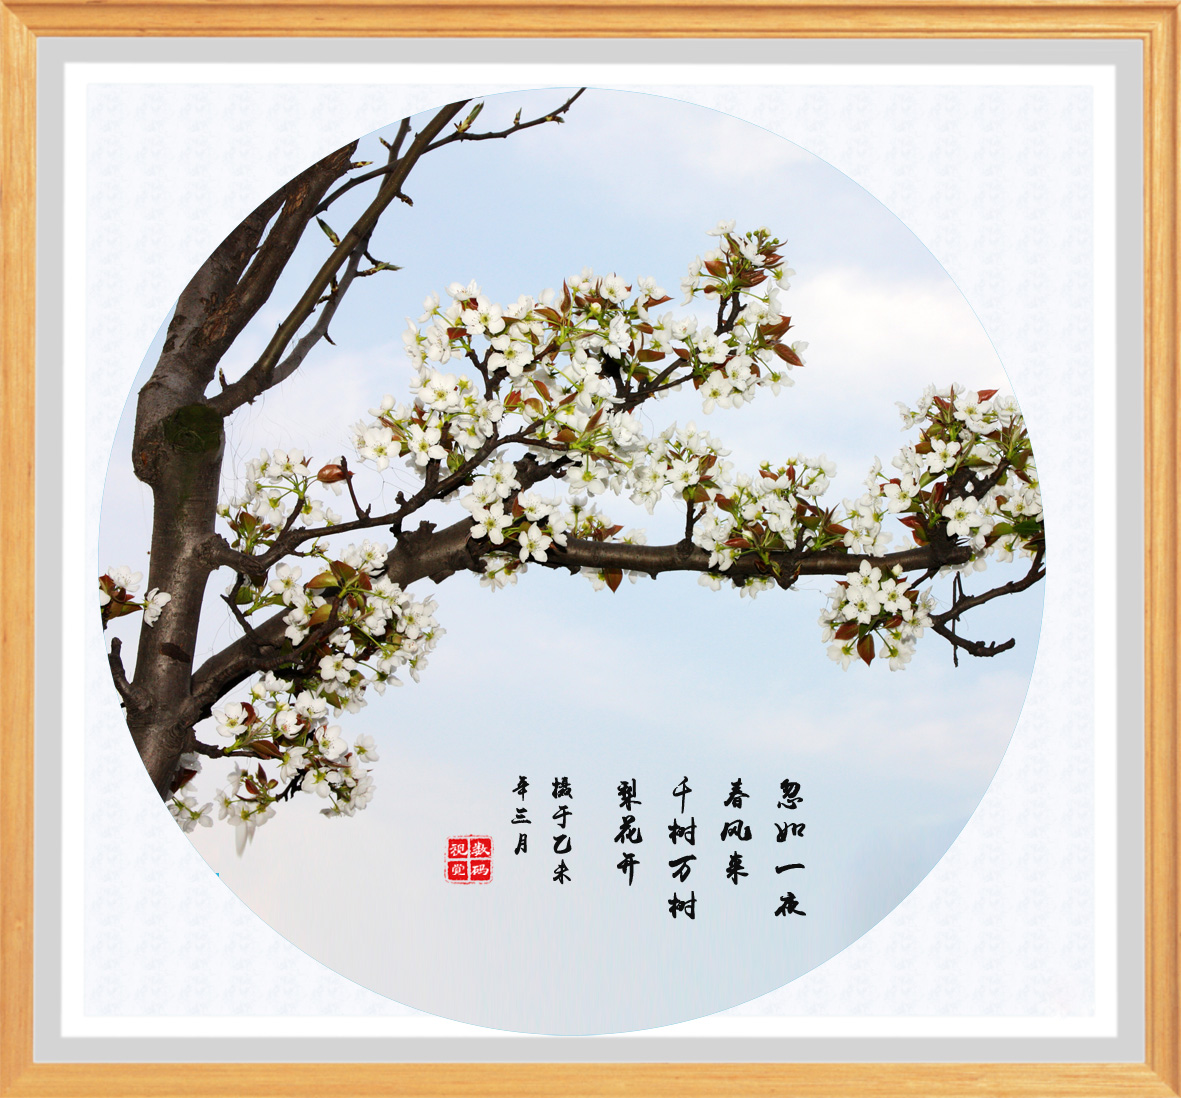
离恨远萦杨柳，梦魂长绕梨花。